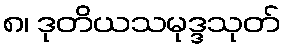
၈၊ ဒုတိယသမုဒ္ဒသုတ်